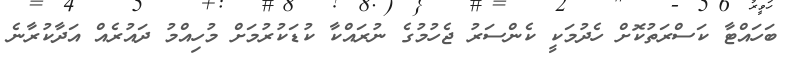
ބަހައްޓާ ކަސްރަތުކޮށް ހެދުމަކީ ކެންސަރު ޖެހުމުގެ ނުރައްކާ ކުޑަކުރުމަށް މުހިއްމު ދައުރެއް އަދާކުރާނެ